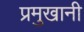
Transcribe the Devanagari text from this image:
प्रमुखानी